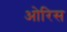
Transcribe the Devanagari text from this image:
ओरिस